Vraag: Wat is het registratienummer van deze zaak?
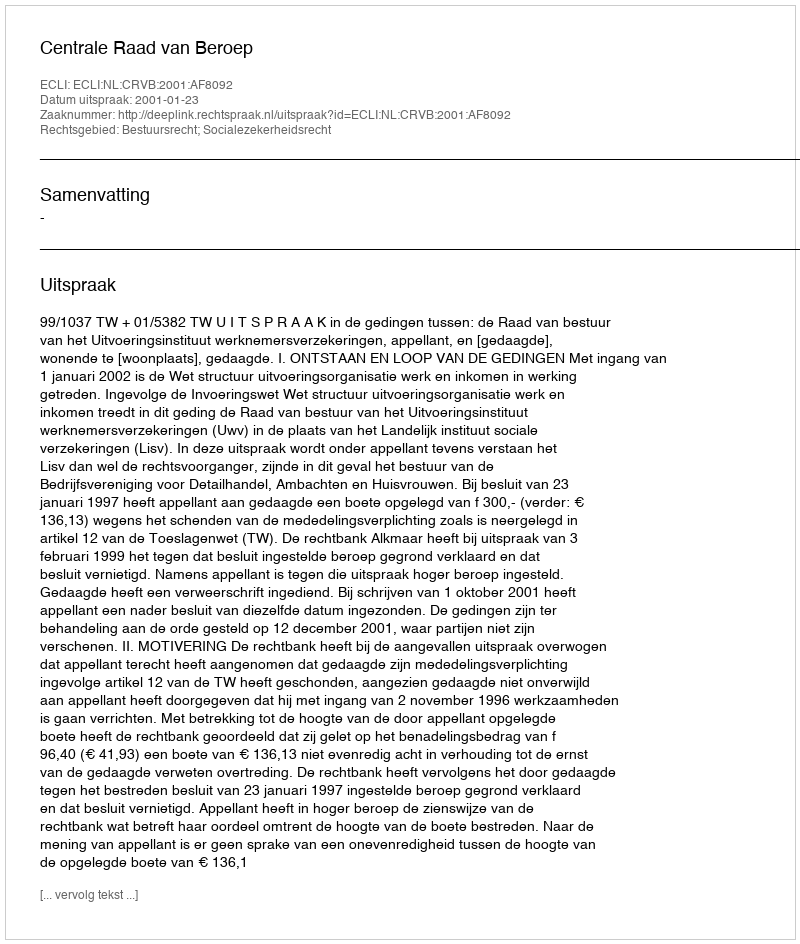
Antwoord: http://deeplink.rechtspraak.nl/uitspraak?id=ECLI:NL:CRVB:2001:AF8092